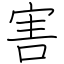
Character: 害